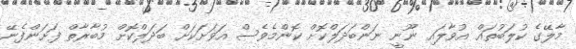
މާލޭގެ ކުލަބުތައް އުވާލައި ނޫނީ ނަންބަދަލްކޮށް ކޮންމެވެސް އަވަށަކަށް ބަދަލްކޮށް މުބާރާތް ފަށަންފެނޭ